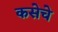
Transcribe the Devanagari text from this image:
कसेचे